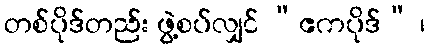
တစ်ပိုဒ်တည်း ဖွဲ့စပ်လျှင် “ဧကပိုဒ်” ၊